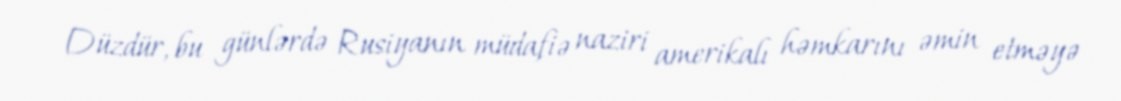
Düzdür, bu günlərdə Rusiyanın müdafiə naziri amerikalı həmkarını əmin etməyə